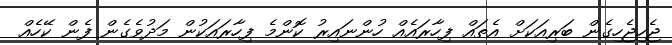
ޖެހިޖެހިގެން ބަރިއަކަށް އެތައް ފިހާރައެއް ހުންނައިރު ކޮންމެ ފިހާރައަކުން މަދުވެގެން ފެން ކޭހެއް